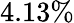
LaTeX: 4.13\%